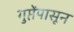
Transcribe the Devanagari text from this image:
गुप्तेंपासून